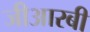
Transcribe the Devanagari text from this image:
जीआरबी